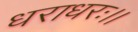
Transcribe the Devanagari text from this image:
धराधरः।।